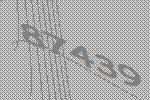
87439